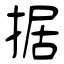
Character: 据